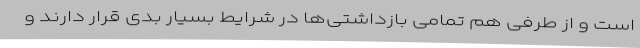
است و از طرفی هم تمامی بازداشتی‌ها در شرایط بسیار بدی قرار دارند و